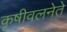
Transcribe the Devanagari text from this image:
कृषीवलनेते